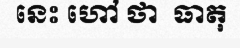
នេះ ហៅ ថា  ធាតុ